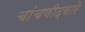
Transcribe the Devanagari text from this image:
चांचणीद्वारे